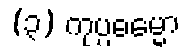
(၃) ကုပ္ပဓမ္မော